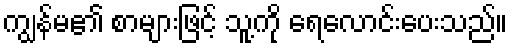
ကျွန်မ၏ စာများဖြင့် သူ့ကို ရေလောင်းပေးသည်။